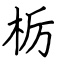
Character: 栃